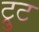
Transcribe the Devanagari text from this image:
ट्रुट